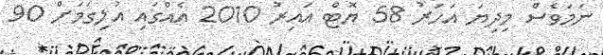
ނަމަވެސް މިދިޔަ އަހަރު 58 ޔޮޓް އައިރު 2010 އެއްގައި އުލިގަމަށް 90